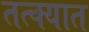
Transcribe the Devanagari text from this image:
तत्क्यात